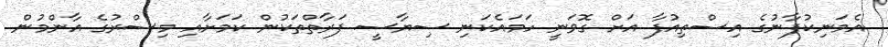
އެމަނިކުފާނުގެ އިސްތިއުފާ އަށް ގޮވަނީ ހަމައެކަނި ސިޔާސީ ފަރާތްތަކުން ކަމަށާއި މިސްރުގެ އާންމުން